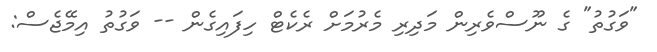
"ވަގުތު" ގެ ނޫސްވެރިން މަދިރި މެރުމަށް ރެކެޓް ހިފައިގެން -- ވަގުތު އިމޭޖެސް: